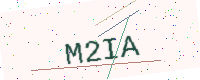
Text: M2IA